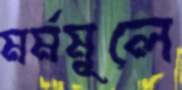
মর্মমূলে